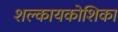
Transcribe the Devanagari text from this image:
शल्कायकोशिका